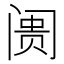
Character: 阓